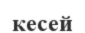
кесей